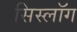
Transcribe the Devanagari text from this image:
सिस्लॉग